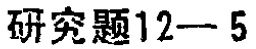
研究题12—5